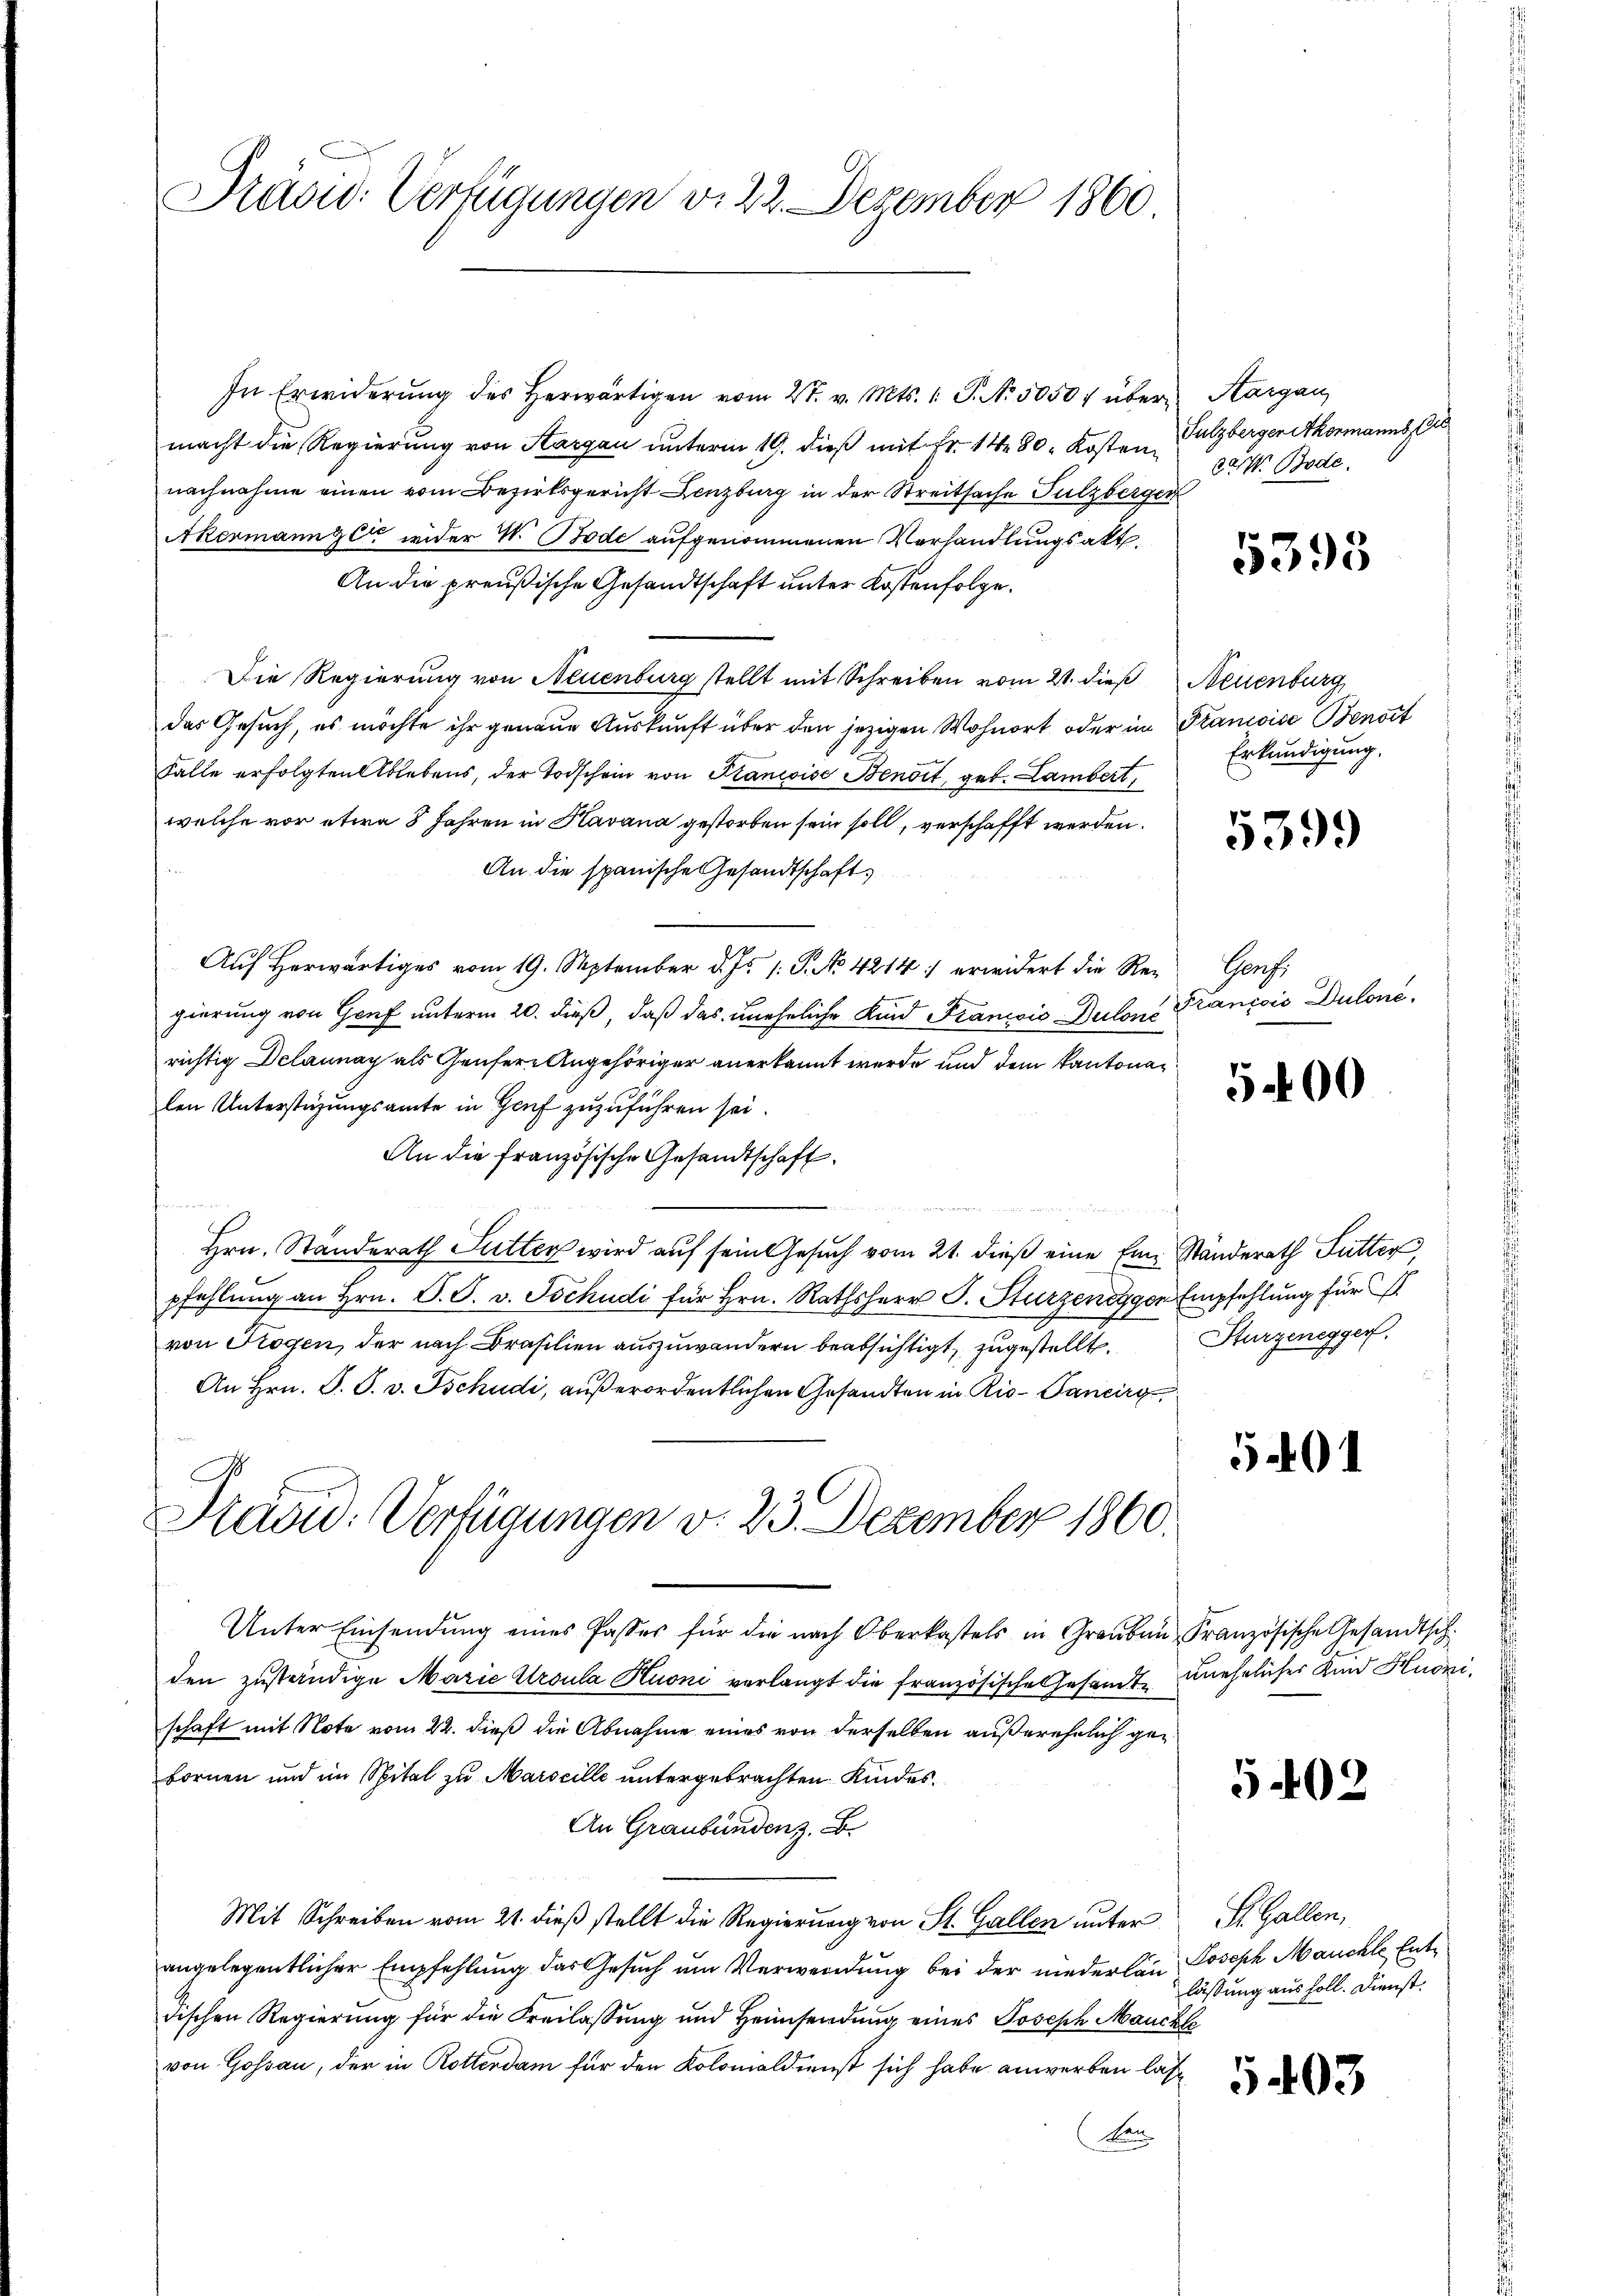
Präsid. Verfügungen d. 22. Dezember 1860.

In Erwiderung des herwärtigen vom 2t. v. Mts. 1. P. No. 5050 f über Aargau
macht die Regierung von Aargau unterm 19. dieß mit Fr. 1480. Kosten Sulzbergenthormanns
nachnahme einen vom Bezirksgericht Lenzburg in der Streitsache Sulzberger
Akermann ze wider W. Bode aufgenommenen Vorhandlungsakt
An die preußische Gesandtschaft unter Kostenfolge.
Die Regierung von Neuenburg stellt mit Schreiben vom 21. dieß Neuenburg
das Gesuch, es möchte ihr genaue Auskunft über den jezigen Wohnort oder im Pranivise Benoit
Falle erfolgten Ablebens, der Todschein von Plancise Benoit, geb. Lambert,
welche vor etwa 8 Jahren in Havana gestorben sein soll, verschafft werden.
An die spanische Gesandtschaft,
Auf herwärtiges vom 19. September d. Js. 1. P. No. 4214: erwidert die Re- Genf
gierung von Genf unterm 20. dieß, daß das uneheliche Kind Francois Bulone Francois Dulone
richtig Delaunay als Genfere Angehöriger anerkannt werde und dem Kantonalen Unterstüzungsamte in Genf zuzuführen sei.
An die französische Gesandtschaft.
   der
Hrn. Standerath Sutter wird auf sein Gesuch vom 21. dieß eine Ein Ständerath Futter,
pfehlung an Hrn. P. F. v. Tschudi für Hrn. Rathsherr J. Sturzenegger Empfehlung für
von Trogen, der nach Brasilien auszuwandern beabsichtigt, zugestellt. Kurzenegger,
An Hrn. F. P. v. Tschudi, außerordentlichen Gesandten in Rio - Pancirg
Käcid: Verfügungen v. 23. Dezember 1860.
Unter Einsendŭng eines Passes für die nach Oberkastels in Grauben Französische Gesandtsch
den zuständige Marie Ursula Kuoni verlangt die französische Gesandte unehelicher Kind Kuonischaft mit Note vom 22. dieß die Abnahme eines von derselben außerehelich gebornen und im Spital zu Marseille untergebrachten Kindes¬
An Graubündenz. B.
Mit Schreiben vom 21. dieβ stellt die Regierŭng von St. Gallen ŭnter St. Gallen,
angelegentlicher Empfehlung das Gesuch um Verwendung bei der niederlan Joseph Manche Entdischen Regierung für die Freilassung und Heimsendung eines Joseph Mauckle
von Gossau, der in Rotterdam für den Kolonialdienst sich habe anwerben las¬
Kan

der. Bode

5395

Erkundigung.

5399

500

501

5402

laßung aus soll. Dienst.

5403